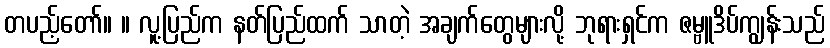
တပည့်တော်။ ။ လူ့ပြည်က နတ်ပြည်ထက် သာတဲ့ အချက်တွေများလို့ ဘုရားရှင်က ဇမ္ဗူဒိပ်ကျွန်းသည်